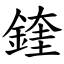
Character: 鍷